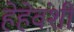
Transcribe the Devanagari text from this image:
हेहेवंशी